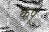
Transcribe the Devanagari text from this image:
कपू